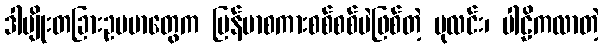
ဒါမျိုးတခြားဥပမာတွေက မြန်မာစကားစစ်စစ်ပဲဖြစ်တဲ့ ပုလင်း၊ ပါဠိကလာတဲ့